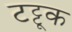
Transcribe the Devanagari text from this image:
टट्टूक